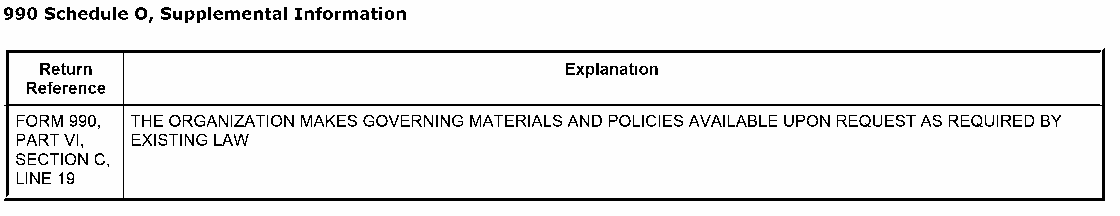
990 Schedule 0, Supplemental Information
 Return                            Explanation
 Reference
 FORM 990, THE ORGANIZATION MAKES GOVERNING MATERIALS AND POLICIES AVAILABLE UPON REQUEST AS REQUIRED BY
 PART VI, EXISTING LAW
 SECTION C,
 LlNE19